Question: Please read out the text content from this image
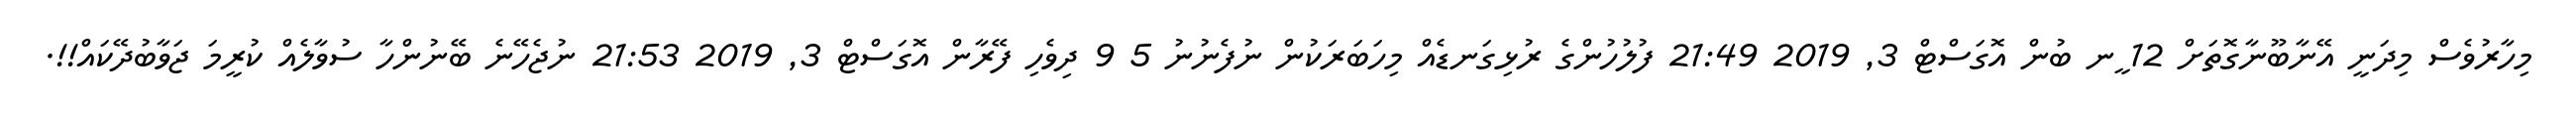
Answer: މިހާރުވެސް މިދަނީ އޭނާބޫނާގޮތަށް 12 ީނ ބުން އޮގަސްޓް 3, 2019 21:49 ފުލުހުންގެ ރުޅިގަނޑެއް މިހަބަރަކުން ނުފެނުނު 5 9 ދިވެހި ފޭރާން އޮގަސްޓް 3, 2019 21:53 ނުޖެހޭނެ ބޭނުންހާ ސުވާލެއް ކުރީމަ ޖަވާބުދޭކައް!!.